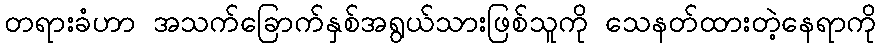
တရားခံဟာ အသက်ခြောက်နှစ်အရွယ်သားဖြစ်သူကို သေနတ်ထားတဲ့နေရာကို